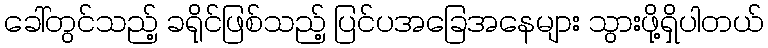
ခေါ်တွင်သည့် ခရိုင်ဖြစ်သည့် ပြင်ပအခြေအနေများ သွားဖို့ရှိပါတယ်